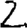
Digit: 2